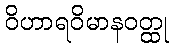
ဝိဟာရဝိမာနဝတ္ထု